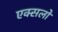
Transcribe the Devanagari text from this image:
एक्सलों